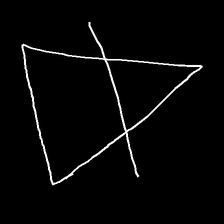
Glyph: empower